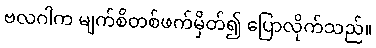
ဗလဂါက မျက်စိတစ်ဖက်မှိတ်၍ ပြောလိုက်သည်။